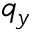
q _ { y }